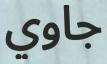
جاوي